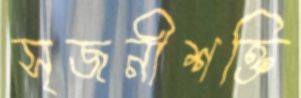
সৃজনীশক্তি